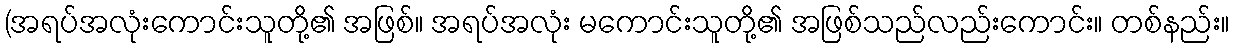
(အရပ်အလုံးကောင်းသူတို့၏ အဖြစ်။ အရပ်အလုံး မကောင်းသူတို့၏ အဖြစ်သည်လည်းကောင်း။ တစ်နည်း။